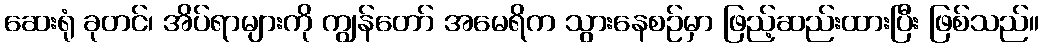
ဆေးရုံ ခုတင်၊ အိပ်ရာများကို ကျွန်တော် အမေရိက သွားနေစဉ်မှာ ဖြည့်ဆည်းထားပြီး ဖြစ်သည်။